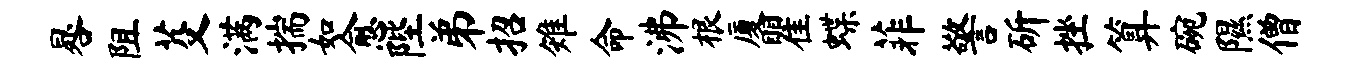
晷阻芟满揣如愈陛弟招雉命沸根厦瞿蝶菲警斫挫算碗隰僧